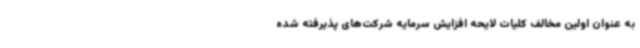
به عنوان اولین مخالف کلیات لایحه افزایش سرمایه شرکت‌های پذیرفته شده